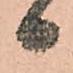
日